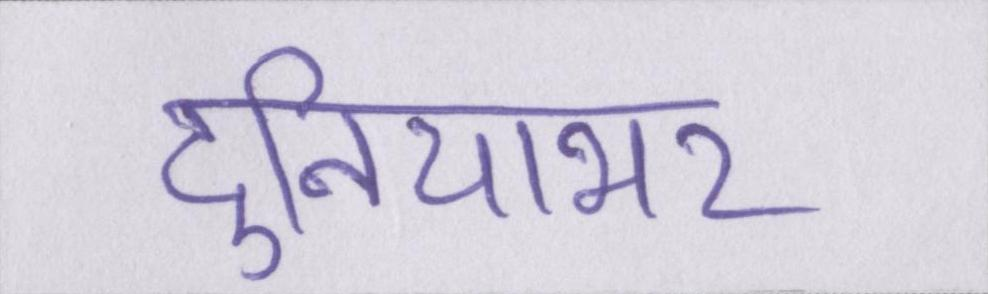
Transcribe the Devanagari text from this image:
दुनियाभर